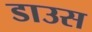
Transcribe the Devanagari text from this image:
डाउस